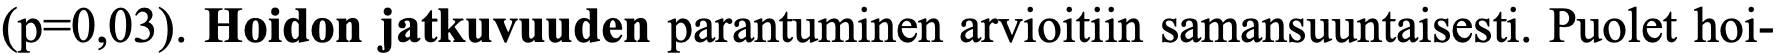
(p=0,03). Hoidon jatkuvuuden parantuminen arvioitiin samansuuntaisesti. Puolet hoi-